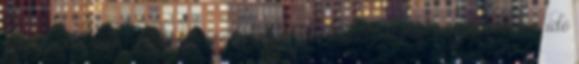
nevezési felhíváson feltüntetésre kerül. A kiállítóhelyiségből a nyitvatartás idő